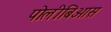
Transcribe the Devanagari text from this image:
पोलीबिआस